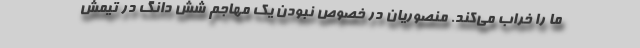
ما را خراب می‌کند. منصوریان در خصوص نبودن یک مهاجم شش دانگ در تیمش